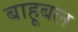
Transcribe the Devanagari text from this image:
बाहूबल